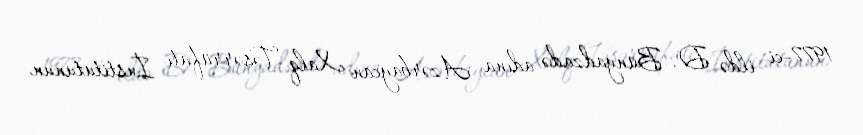
1977-ci ildə D. Bünyadzadə adına Azərbaycan Xalq Təsərrüfatı İnstitutunun